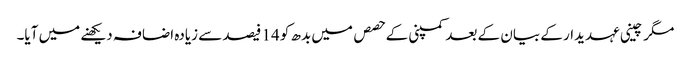
مگر چینی عہدیدار کے بیان کے بعد کمپنی کے حصص میں بدھ کو 14 فیصد سے زیادہ اضافہ دیکھنے میں آیا۔